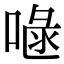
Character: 𠷍